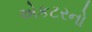
એકટરનો